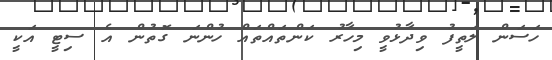
ހަސަން ލަތީފު ވިދާޅުވީ މިހާރު ކަންތައްތައް ހުންނަ ގޮތުން އެ ސިޓީ އަކީ